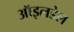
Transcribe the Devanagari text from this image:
ऑइलडेल